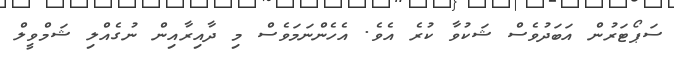
ސަޕޯޓަރުން އަބަދުވެސް ޝަކުވާ ކުރެ އެވެ. އެހެންނަމަވެސް މި ދާއިރާއިން ނުގެއްލި ޝަމްވީލް